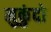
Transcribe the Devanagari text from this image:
मुकुंदो